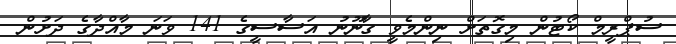
ސުޕްރީމް ކޯޓުން މިގޮތަށް ނިންމެވީ ގާނޫނު އަސާސީގެ 141 ވަނަ މާއްދާގެ ދަށުން